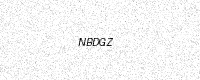
Text: NBDGZ